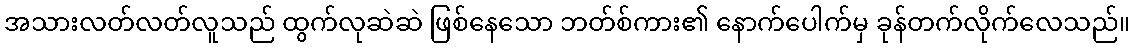
အသားလတ်လတ်လူသည် ထွက်လုဆဲဆဲ ဖြစ်နေသော ဘတ်စ်ကား၏ နောက်ပေါက်မှ ခုန်တက်လိုက်လေသည်။